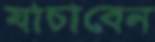
যাচাবেন